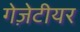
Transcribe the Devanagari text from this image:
गेज़ेटीयर